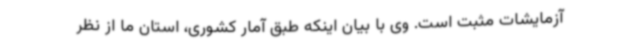
آزمایشات مثبت است. وی با بیان اینکه طبق آمار کشوری، استان ما از نظر